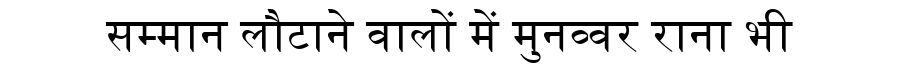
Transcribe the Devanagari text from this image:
सम्मान लौटाने वालों में मुनव्वर राना भी